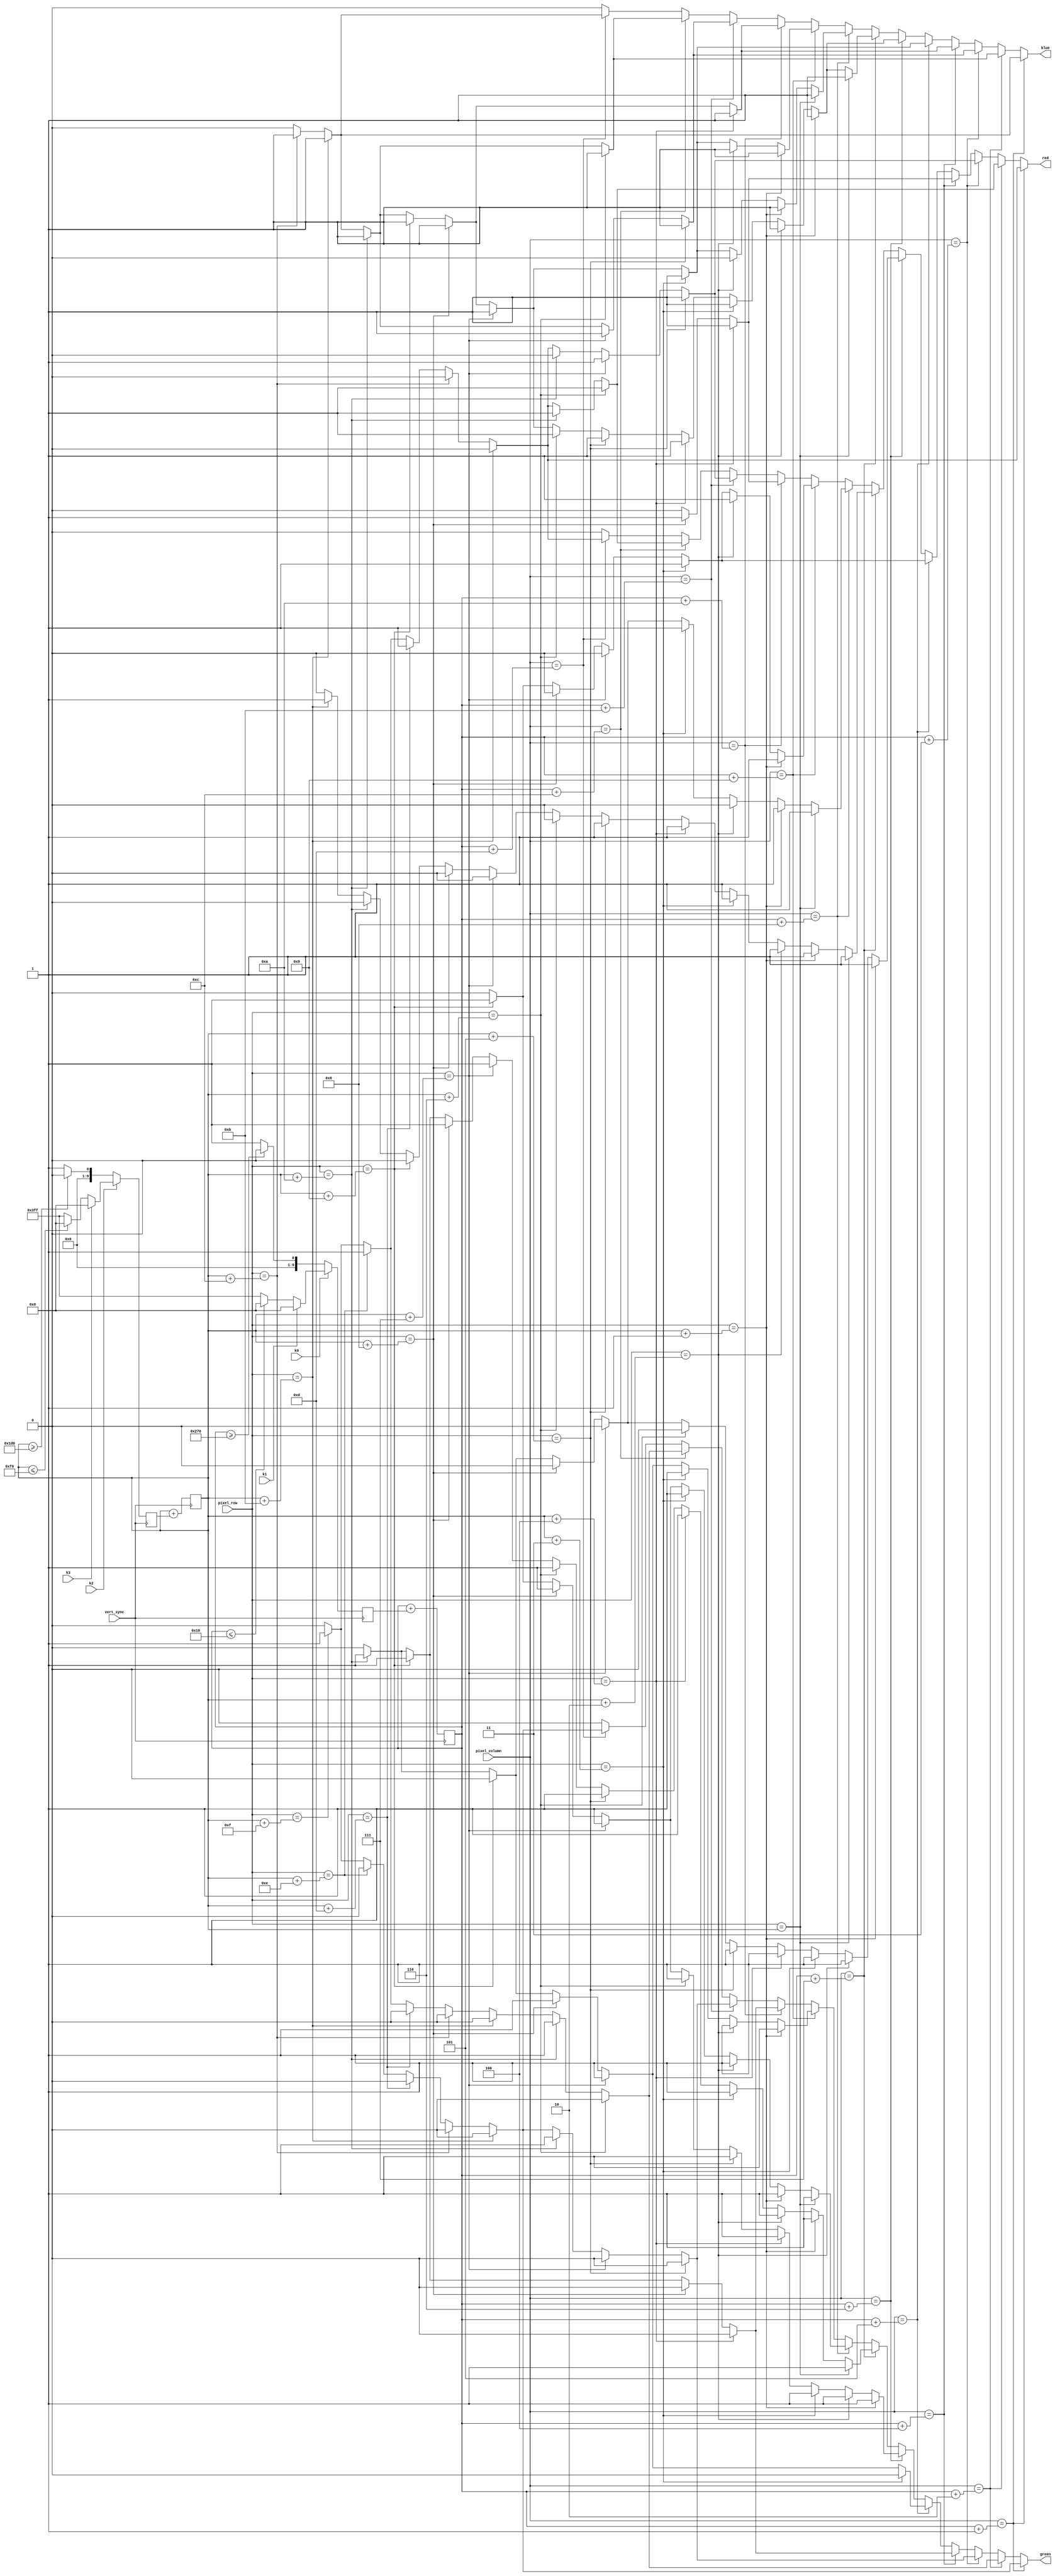
/* mystic.v
 * ECE 581: Lab 5
 * 11/21/2018
 * Julian Diaz & Jase McCaleb
 *************************************************************/
module mystic (
	input [9:0] pixel_row, pixel_column,
	input vert_sync, k0, k1, k2, k3,
	output red, green, blue
);

	wire [9:0] size;
	reg [9:0] mystic_y_motion, mystic_x_motion, mystic_y_pos, mystic_x_pos;
	reg r, g, b;

	assign size = 10'd16;
  
	initial begin
		mystic_y_pos = 10'd360;
		mystic_x_pos = 10'd320;
	end

	assign red = r;
	assign green = g;
	assign blue = b;

	// define mystic graphic element pixel-wise based on relative position
	always @ (*) begin
		case (pixel_column)
			mystic_x_pos + 1:
				begin
					case (pixel_row)
						mystic_y_pos + 11:
							begin
								r = 1'b0;
								g = 1'b0;
								b = 1'b1;
							end
						mystic_y_pos + 12:
							begin
								r = 1'b0;
								g = 1'b0;
								b = 1'b1;
							end
						mystic_y_pos + 13:
							begin
								r = 1'b1;
								g = 1'b0;
								b = 1'b0;
							end
						mystic_y_pos + 14:
							begin
								r = 1'b1;
								g = 1'b0;
								b = 1'b0;
							end
						mystic_y_pos + 15:
							begin
								r = 1'b1;
								g = 1'b1;
								b = 1'b0;
							end
						default:			
							begin
								r = 1'b0;
								g = 1'b0;
								b = 1'b0;
							end
					endcase
				end
			mystic_x_pos + 2:
				begin
					case (pixel_row)
						mystic_y_pos + 6: 
							begin
								r = 1'b1;
								g = 1'b0;
								b = 1'b1;
							end
						mystic_y_pos + 10:
							begin
								r = 1'b1;
								g = 1'b1;
								b = 1'b1;
							end
						mystic_y_pos + 11:
							begin
								r = 1'b0;
								g = 1'b0;
								b = 1'b1;
							end
						mystic_y_pos + 12:
							begin
								r = 1'b0;
								g = 1'b0;
								b = 1'b1;
							end
						mystic_y_pos + 13:
							begin
								r = 1'b1;
								g = 1'b0;
								b = 1'b0;
							end
						mystic_y_pos + 14:
							begin
								r = 1'b1;
								g = 1'b1;
								b = 1'b0;
							end
						mystic_y_pos + 15:
							begin
								r = 1'b1;
								g = 1'b1;
								b = 1'b0;
							end
						default:			
							begin
								r = 1'b0;
								g = 1'b0;
								b = 1'b0;
							end
					endcase
				end
			mystic_x_pos + 3:
				begin
					case (pixel_row)
						mystic_y_pos + 5:
							begin
								r = 1'b1;
								g = 1'b0;
								b = 1'b1;
							end
						mystic_y_pos + 7:
							begin
								r = 1'b1;
								g = 1'b0;
								b = 1'b1;
							end
						mystic_y_pos + 10:
							begin
								r = 1'b0;
								g = 1'b1;
								b = 1'b1;
							end
						mystic_y_pos + 11:
							begin
								r = 1'b0;
								g = 1'b0;
								b = 1'b1;
							end
						mystic_y_pos + 12:
							begin
								r = 1'b0;
								g = 1'b0;
								b = 1'b1;
							end
						mystic_y_pos + 13:
							begin
								r = 1'b1;
								g = 1'b0;
								b = 1'b0;
							end
						mystic_y_pos + 14:
							begin
								r = 1'b1;
								g = 1'b0;
								b = 1'b0;
							end
						mystic_y_pos + 15:
							begin
								r = 1'b1;
								g = 1'b1;
								b = 1'b0;
							end
						default:			
							begin
								r = 1'b0;
								g = 1'b0;
								b = 1'b0;
							end
					endcase
				end
			mystic_x_pos + 4:
				begin
					case (pixel_row)
						mystic_y_pos + 4:
							begin
								r = 1'b1;
								g = 1'b0;
								b = 1'b1;
							end
						mystic_y_pos + 8:
							begin
								r = 1'b1;
								g = 1'b0;
								b = 1'b1;
							end
						mystic_y_pos + 9:
							begin
								r = 1'b0;
								g = 1'b1;
								b = 1'b1;
							end
						mystic_y_pos + 10:
							begin
								r = 1'b0;
								g = 1'b1;
								b = 1'b1;
							end
						mystic_y_pos + 11:
							begin
								r = 1'b0;
								g = 1'b0;
								b = 1'b1;
							end
						mystic_y_pos + 12:
							begin
								r = 1'b0;
								g = 1'b0;
								b = 1'b1;
							end
						default:			
							begin
								r = 1'b0;
								g = 1'b0;
								b = 1'b0;
							end
					endcase
				end
			mystic_x_pos + 5:
				begin
					case (pixel_row)
						mystic_y_pos + 3:
							begin
								r = 1'b1;
								g = 1'b0;
								b = 1'b1;
							end
						mystic_y_pos + 7:
							begin
								r = 1'b0;
								g = 1'b1;
								b = 1'b1;
							end
						mystic_y_pos + 8:
							begin
								r = 1'b0;
								g = 1'b1;
								b = 1'b1;
							end
						mystic_y_pos + 9:
							begin
								r = 1'b1;
								g = 1'b0;
								b = 1'b1;
							end
						mystic_y_pos + 10:
							begin
								r = 1'b0;
								g = 1'b1;
								b = 1'b1;
							end
						mystic_y_pos + 11:
							begin
								r = 1'b0;
								g = 1'b0;
								b = 1'b1;
							end
						mystic_y_pos + 12:
							begin
								r = 1'b0;
								g = 1'b0;
								b = 1'b1;
							end
						default:			
							begin
								r = 1'b0;
								g = 1'b0;
								b = 1'b0;
							end
					endcase
				end
			mystic_x_pos + 6:
				begin
					case (pixel_row)
						mystic_y_pos + 1:
							begin
								r = 1'b1;
								g = 1'b1;
								b = 1'b1;
							end
						mystic_y_pos + 2:
							begin
								r = 1'b1;
								g = 1'b1;
								b = 1'b1;
							end
						mystic_y_pos + 3:
							begin
								r = 1'b1;
								g = 1'b1;
								b = 1'b1;
							end
						mystic_y_pos + 4:
							begin
								r = 1'b1;
								g = 1'b1;
								b = 1'b1;
							end
						mystic_y_pos + 5:
							begin
								r = 1'b1;
								g = 1'b1;
								b = 1'b1;
							end
						mystic_y_pos + 6:
							begin
								r = 1'b0;
								g = 1'b1;
								b = 1'b1;
							end
						mystic_y_pos + 7:
							begin
								r = 1'b0;
								g = 1'b1;
								b = 1'b1;
							end
						mystic_y_pos + 8:
							begin
								r = 1'b0;
								g = 1'b1;
								b = 1'b1;
							end
						mystic_y_pos + 9:
							begin
								r = 1'b0;
								g = 1'b1;
								b = 1'b1;
							end
						mystic_y_pos + 10:
							begin
								r = 1'b1;
								g = 1'b0;
								b = 1'b1;
							end
						mystic_y_pos + 11:
							begin
								r = 1'b0;
								g = 1'b0;
								b = 1'b1;
							end
						mystic_y_pos + 12:
							begin
								r = 1'b0;
								g = 1'b0;
								b = 1'b1;
							end
						default:			
							begin
								r = 1'b0;
								g = 1'b0;
								b = 1'b0;
							end
					endcase
				end
			mystic_x_pos + 7:
				begin
					case (pixel_row)
						mystic_y_pos:
							begin
								r = 1'b1;
								g = 1'b1;
								b = 1'b1;
							end
						mystic_y_pos + 1:
							begin
								r = 1'b1;
								g = 1'b1;
								b = 1'b1;
							end
						mystic_y_pos + 2:
							begin
								r = 1'b1;
								g = 1'b1;
								b = 1'b1;
							end
						mystic_y_pos + 3:
							begin
								r = 1'b1;
								g = 1'b1;
								b = 1'b1;
							end
						mystic_y_pos + 4:
							begin
								r = 1'b1;
								g = 1'b1;
								b = 1'b1;
							end
						mystic_y_pos + 5:
							begin
								r = 1'b1;
								g = 1'b1;
								b = 1'b1;
							end
						mystic_y_pos + 6:
							begin
								r = 1'b0;
								g = 1'b1;
								b = 1'b1;
							end
						mystic_y_pos + 7:
							begin
								r = 1'b0;
								g = 1'b1;
								b = 1'b1;
							end
						mystic_y_pos + 8:
							begin
								r = 1'b0;
								g = 1'b1;
								b = 1'b1;
							end
						mystic_y_pos + 9:
							begin
								r = 1'b0;
								g = 1'b1;
								b = 1'b1;
							end
						mystic_y_pos + 10:
							begin
								r = 1'b0;
								g = 1'b1;
								b = 1'b1;
							end
						mystic_y_pos + 11:
							begin
								r = 1'b1;
								g = 1'b0;
								b = 1'b1;
							end
						mystic_y_pos + 12:
							begin
								r = 1'b0;
								g = 1'b0;
								b = 1'b1;
							end
						default:			
							begin
								r = 1'b0;
								g = 1'b0;
								b = 1'b0;
							end
					endcase
				end
			mystic_x_pos + 8:
				begin
					case (pixel_row)
						mystic_y_pos:
							begin
								r = 1'b1;
								g = 1'b1;
								b = 1'b1;
							end
						mystic_y_pos + 1:
							begin
								r = 1'b1;
								g = 1'b1;
								b = 1'b1;
							end
						mystic_y_pos + 2:
							begin
								r = 1'b0;
								g = 1'b1;
								b = 1'b0;
							end
						mystic_y_pos + 3:
							begin
								r = 1'b1;
								g = 1'b1;
								b = 1'b1;
							end
						mystic_y_pos + 7:
							begin
								r = 1'b0;
								g = 1'b1;
								b = 1'b1;
							end
						mystic_y_pos + 8:
							begin
								r = 1'b0;
								g = 1'b1;
								b = 1'b1;
							end
						mystic_y_pos + 9:
							begin
								r = 1'b0;
								g = 1'b1;
								b = 1'b1;
							end
						mystic_y_pos + 10:
							begin
								r = 1'b1;
								g = 1'b0;
								b = 1'b1;
							end
						mystic_y_pos + 11:
							begin
								r = 1'b0;
								g = 1'b0;
								b = 1'b1;
							end
						mystic_y_pos + 12:
							begin
								r = 1'b0;
								g = 1'b0;
								b = 1'b1;
							end
						default:			
							begin
								r = 1'b0;
								g = 1'b0;
								b = 1'b0;
							end
					endcase
				end
			mystic_x_pos + 9:
				begin
					case (pixel_row)
						mystic_y_pos + 1:
							begin
								r = 1'b1;
								g = 1'b1;
								b = 1'b1;
							end
						mystic_y_pos + 2:
							begin
								r = 1'b1;
								g = 1'b1;
								b = 1'b1;
							end
						mystic_y_pos + 3:
							begin
								r = 1'b1;
								g = 1'b1;
								b = 1'b1;
							end
						mystic_y_pos + 7:
							begin
								r = 1'b0;
								g = 1'b1;
								b = 1'b1;
							end
						mystic_y_pos + 8:
							begin
								r = 1'b0;
								g = 1'b1;
								b = 1'b1;
							end
						mystic_y_pos + 9:
							begin
								r = 1'b1;
								g = 1'b0;
								b = 1'b1;
							end
						mystic_y_pos + 10:
							begin
								r = 1'b0;
								g = 1'b1;
								b = 1'b1;
							end
						mystic_y_pos + 11:
							begin
								r = 1'b0;
								g = 1'b0;
								b = 1'b1;
							end
						mystic_y_pos + 12:
							begin
								r = 1'b0;
								g = 1'b0;
								b = 1'b1;
							end
						default:			
							begin
								r = 1'b0;
								g = 1'b0;
								b = 1'b0;
							end
					endcase
				end
			mystic_x_pos + 10:
				begin
					case (pixel_row)
						mystic_y_pos + 4:
							begin
								r = 1'b1;
								g = 1'b0;
								b = 1'b1;
							end
						mystic_y_pos + 8:
							begin
								r = 1'b1;
								g = 1'b0;
								b = 1'b1;
							end
						mystic_y_pos + 9:
							begin
								r = 1'b0;
								g = 1'b1;
								b = 1'b1;
							end
						mystic_y_pos + 10:
							begin
								r = 1'b0;
								g = 1'b1;
								b = 1'b1;
							end
						mystic_y_pos + 11:
							begin
								r = 1'b0;
								g = 1'b0;
								b = 1'b1;
							end
						mystic_y_pos + 12:
							begin
								r = 1'b0;
								g = 1'b0;
								b = 1'b1;
							end
						default:			
							begin
								r = 1'b0;
								g = 1'b0;
								b = 1'b0;
							end
					endcase
				end
			mystic_x_pos + 11:
				begin
					case (pixel_row)
						mystic_y_pos + 5:
							begin
								r = 1'b1;
								g = 1'b0;
								b = 1'b1;
							end
						mystic_y_pos + 7:
							begin
								r = 1'b1;
								g = 1'b0;
								b = 1'b1;
							end
						mystic_y_pos + 10:
							begin
								r = 1'b0;
								g = 1'b1;
								b = 1'b1;
							end
						mystic_y_pos + 11:
							begin
								r = 1'b0;
								g = 1'b0;
								b = 1'b1;
							end
						mystic_y_pos + 12:
							begin
								r = 1'b0;
								g = 1'b0;
								b = 1'b1;
							end
						mystic_y_pos + 13:
							begin
								r = 1'b1;
								g = 1'b0;
								b = 1'b0;
							end
						mystic_y_pos + 14:
							begin
								r = 1'b1;
								g = 1'b0;
								b = 1'b0;
							end
						mystic_y_pos + 15:
							begin
								r = 1'b1;
								g = 1'b1;
								b = 1'b0;
							end
						default:			
							begin
								r = 1'b0;
								g = 1'b0;
								b = 1'b0;
							end
					endcase
				end
			mystic_x_pos + 12:
				begin
					case (pixel_row)
						mystic_y_pos + 6: 
							begin
								r = 1'b1;
								g = 1'b0;
								b = 1'b1;
							end
						mystic_y_pos + 10:
							begin
								r = 1'b1;
								g = 1'b1;
								b = 1'b1;
							end
						mystic_y_pos + 11:
							begin
								r = 1'b0;
								g = 1'b0;
								b = 1'b1;
							end
						mystic_y_pos + 12:
							begin
								r = 1'b0;
								g = 1'b0;
								b = 1'b1;
							end
						mystic_y_pos + 13:
							begin
								r = 1'b1;
								g = 1'b0;
								b = 1'b0;
							end
						mystic_y_pos + 14:
							begin
								r = 1'b1;
								g = 1'b1;
								b = 1'b0;
							end
						mystic_y_pos + 15:
							begin
								r = 1'b1;
								g = 1'b1;
								b = 1'b0;
							end
						default:			
							begin
								r = 1'b0;
								g = 1'b0;
								b = 1'b0;
							end
					endcase
				end
			mystic_x_pos + 13:
				begin
					case (pixel_row)
						mystic_y_pos + 11:
							begin
								r = 1'b0;
								g = 1'b0;
								b = 1'b1;
							end
						mystic_y_pos + 12:
							begin
								r = 1'b0;
								g = 1'b0;
								b = 1'b1;
							end
						mystic_y_pos + 13:
							begin
								r = 1'b1;
								g = 1'b0;
								b = 1'b0;
							end
						mystic_y_pos + 14:
							begin
								r = 1'b1;
								g = 1'b0;
								b = 1'b0;
							end
						mystic_y_pos + 15:
							begin
								r = 1'b1;
								g = 1'b1;
								b = 1'b0;
							end
						default:			
							begin
								r = 1'b0;
								g = 1'b0;
								b = 1'b0;
							end
					endcase
				end
			default:	
				begin
						r = 1'b0;
						g = 1'b0;
						b = 1'b0;
				end
		endcase
	end

  // define graphic position based on key presses
	always @ (posedge vert_sync) begin
		if (~k2) begin
			if (mystic_y_pos >= (480 - size)) 			mystic_y_motion <= 10'd0;
			else 										mystic_y_motion <= 10'd1;
		end else if (~k3) begin
			if (mystic_y_pos <= 240) 					mystic_y_motion <= 10'd0;
			else 										mystic_y_motion <= -10'd1;
		end else 										mystic_y_motion <= 10'd0;
		mystic_y_pos <= mystic_y_pos + mystic_y_motion;

		if (~k0) begin
			if (mystic_x_pos >= (640 - size)) 			mystic_x_motion <= 10'd0;
			else 										mystic_x_motion <= 10'd1;
		end else if (~k1) begin
			if (mystic_x_pos <= size) 					mystic_x_motion <= 10'd0;
			else 										mystic_x_motion <= -10'd1;
		end else 										mystic_x_motion <= 10'd0;
		mystic_x_pos <= mystic_x_pos + mystic_x_motion;
	end
  

endmodule